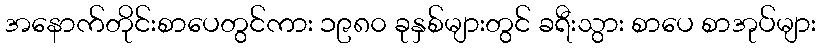
အနောက်တိုင်းစာပေတွင်ကား ၁၉၈၀ ခုနှစ်များတွင် ခရီးသွား စာပေ စာအုပ်များ